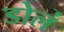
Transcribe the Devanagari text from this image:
डोलं